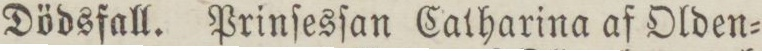
Dödsfall. Prinſesſan Catharina af Olden=